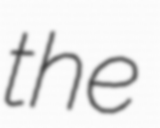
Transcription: the